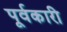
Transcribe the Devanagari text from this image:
पूर्वकारी